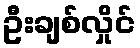
ဦးချစ်လှိုင်